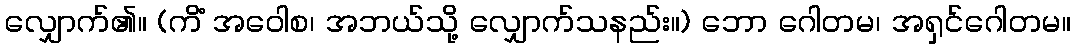
လျှောက်၏။ (ကိံ အဝေါစ၊ အဘယ်သို့ လျှောက်သနည်း။) ဘော ဂေါတမ၊ အရှင်ဂေါတမ။